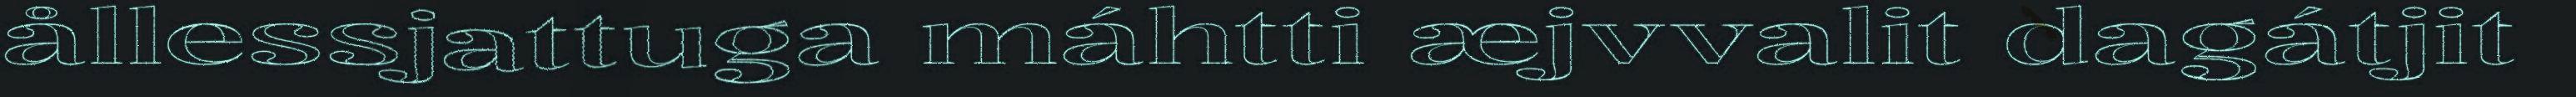
ållessjattuga máhtti æjvvalit dagátjit